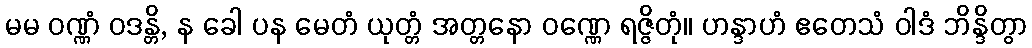
မမ ဝဏ္ဏံ ဝဒန္တိ, န ခေါ ပန မေတံ ယုတ္တံ အတ္တနော ဝဏ္ဏေ ရဇ္ဇိတုံ။ ဟန္ဒာဟံ ဧတေသံ ဝါဒံ ဘိန္ဒိတွာ